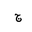
Letter: _gim